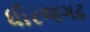
ધીરજગઢ